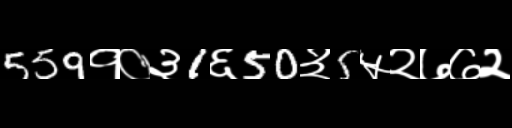
Text: 559१०३1६50३5५२७७२